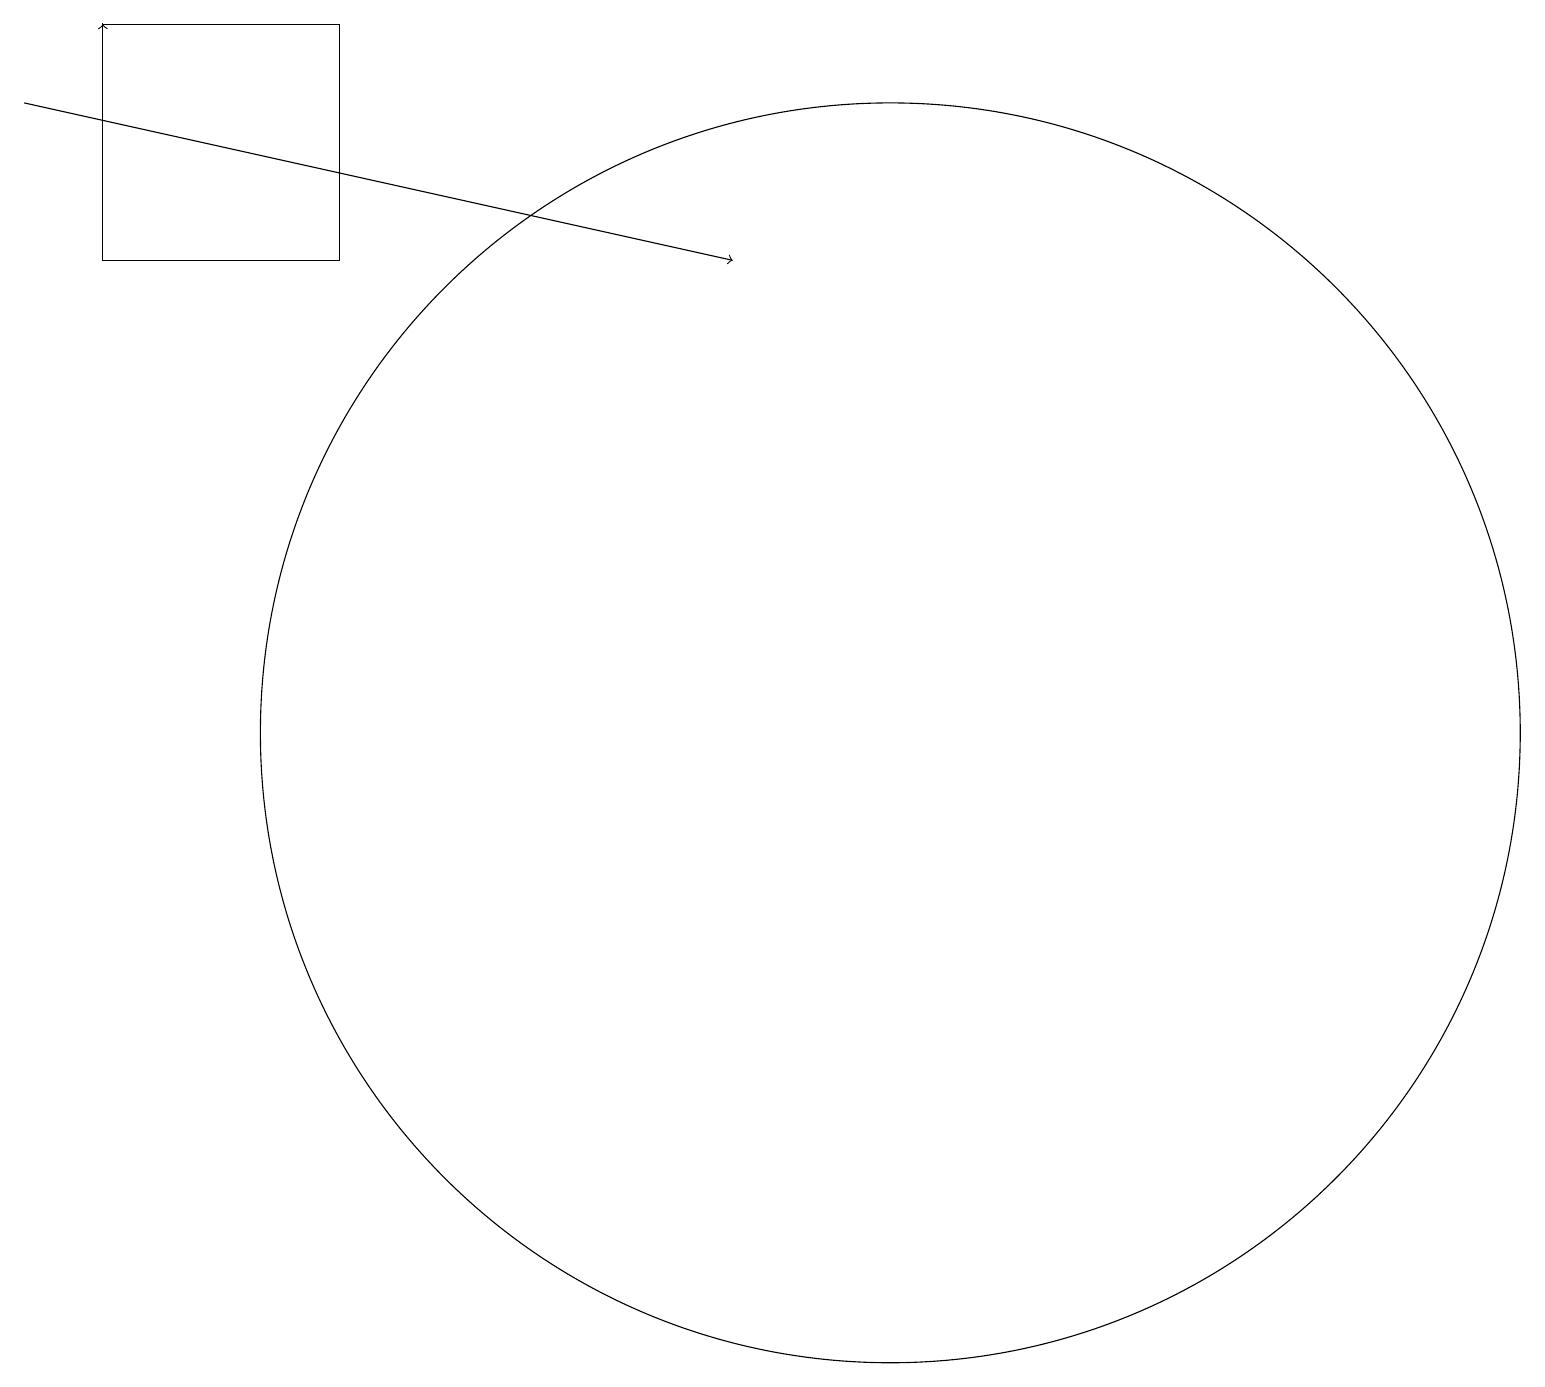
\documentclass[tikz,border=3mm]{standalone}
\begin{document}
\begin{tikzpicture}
\draw[->] (0,18) -- (9,16);
\draw[->] (1,19) -- (1,19);
\draw (11,10) circle (8);
\draw (1,19) rectangle (4,16);
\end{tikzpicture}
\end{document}